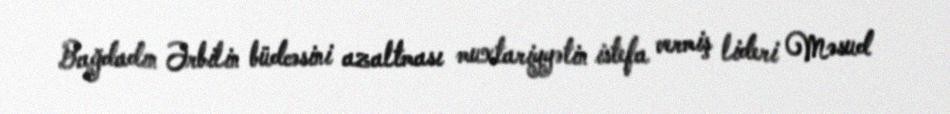
Bağdadın Ərbilin büdcəsini azaltması muxtariyyətin istefa vermiş lideri Məsud